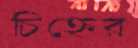
চিহ্নের